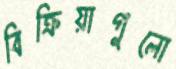
বিক্রিয়াগুলো